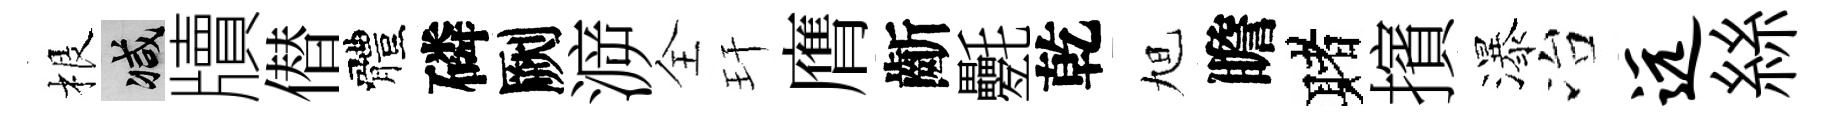
根减牘僣體磷劂㴑全玕膺齗氎乾旭瞻赌擯瀑冶远絲